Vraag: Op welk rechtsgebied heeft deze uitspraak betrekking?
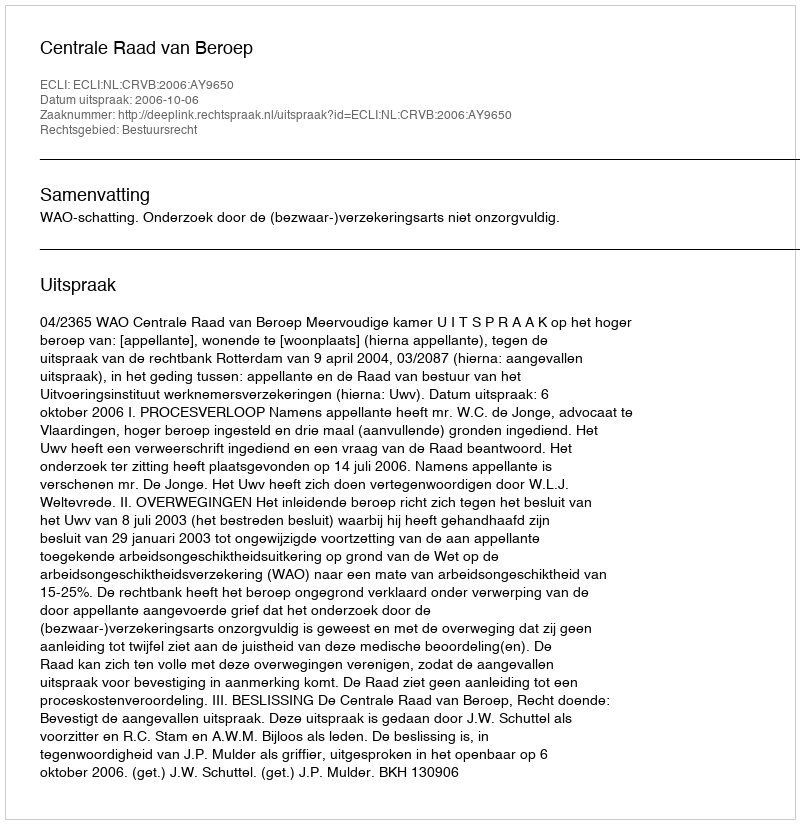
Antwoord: Bestuursrecht